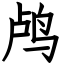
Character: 鸬